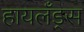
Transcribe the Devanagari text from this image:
हायलँड्स